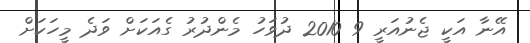
އޭނާ އަކީ ޖެނުއަރީ 9 2010 ދުވަހު މެންދުރު ގެއަކަށް ވަދެ މީހަކަށް